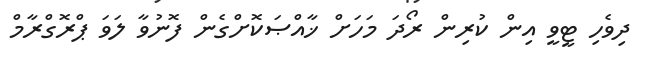
ދިވެހި ޓީވީ އިން ކުރިން ރޯދަ މަހަށް ޚާއްޞަކޮށްގެން ފޮނުވާ ލަވަ ޕްރޮގްރާމް